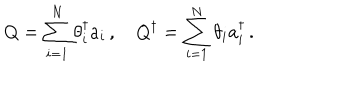
Q = \sum _ { i = 1 } ^ { N } \theta _ { i } ^ { \dagger } a _ { i } \, , \quad Q ^ { \dagger } = \sum _ { i = 1 } ^ { N } \theta _ { i } a _ { i } ^ { \dagger } \, .